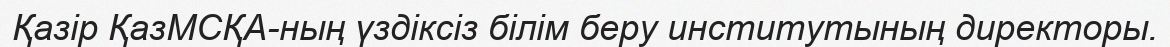
Қазір ҚазМСҚА-ның үздіксіз білім беру институтының директоры.